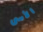
الأسى